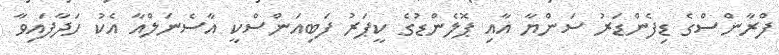
ފްރާންސްގެ ޑިފެންޑަރު ސަންޔާ އާއި ޕޮލެންޑުގެ ކީޕަރު ފަބިއަންސްކީ އާސެނަލްއާ އެކު ހަދާފައިވާ